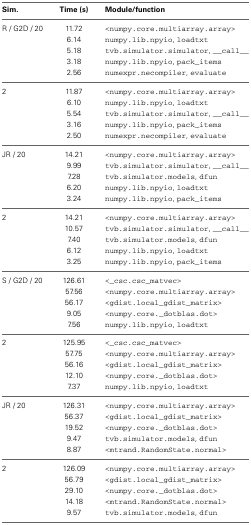
<table><thead><tr><td><b>Sim.</b></td><td><b>Time (s)</b></td><td><b>Module/function</b></td></tr></thead><tbody><tr><td>R / G2D / 20</td><td>11.72</td><td>&lt;numpy.core.multiarray.array&gt;</td></tr><tr><td></td><td>6.14</td><td>numpy.lib.npyio, loadtxt</td></tr><tr><td></td><td>5.18</td><td>tvb.simulator.simulator, __call__</td></tr><tr><td></td><td>3.18</td><td>numpy.lib.npyio, pack_items</td></tr><tr><td></td><td>2.56</td><td>numexpr.necompiler, evaluate</td></tr><tr><td>2</td><td>11.87</td><td>&lt;numpy.core.multiarray.array&gt;</td></tr><tr><td></td><td>6.10</td><td>numpy.lib.npyio, loadtxt</td></tr><tr><td></td><td>5.54</td><td>tvb.simulator.simulator, __call__</td></tr><tr><td></td><td>3.16</td><td>numpy.lib.npyio, pack_items</td></tr><tr><td></td><td>2.50</td><td>numexpr.necompiler, evaluate</td></tr><tr><td>JR / 20</td><td>14.21</td><td>&lt;numpy.core.multiarray.array&gt;</td></tr><tr><td></td><td>9.99</td><td>tvb.simulator.simulator, __call__</td></tr><tr><td></td><td>7.28</td><td>tvb.simulator.models, dfun</td></tr><tr><td></td><td>6.20</td><td>numpy.lib.npyio, loadtxt</td></tr><tr><td></td><td>3.24</td><td>numpy.lib.npyio, pack_items</td></tr><tr><td>2</td><td>14.21</td><td>&lt;numpy.core.multiarray.array&gt;</td></tr><tr><td></td><td>10.57</td><td>tvb.simulator.simulator, __call__</td></tr><tr><td></td><td>7.40</td><td>tvb.simulator.models, dfun</td></tr><tr><td></td><td>6.12</td><td>numpy.lib.npyio, loadtxt</td></tr><tr><td></td><td>3.25</td><td>numpy.lib.npyio, pack_items</td></tr><tr><td>S / G2D / 20</td><td>126.61</td><td>&lt;_csc.csc_matvec&gt;</td></tr><tr><td></td><td>57.56</td><td>&lt;numpy.core.multiarray.array&gt;</td></tr><tr><td></td><td>56.17</td><td>&lt;gdist.local_gdist_matrix&gt;</td></tr><tr><td></td><td>9.05</td><td>&lt;numpy.core._dotblas.dot&gt;</td></tr><tr><td></td><td>7.56</td><td>numpy.lib.npyio, loadtxt</td></tr><tr><td>2</td><td>125.95</td><td>&lt;_csc.csc_matvec&gt;</td></tr><tr><td></td><td>57.75</td><td>&lt;numpy.core.multiarray.array&gt;</td></tr><tr><td></td><td>56.16</td><td>&lt;gdist.local_gdist_matrix&gt;</td></tr><tr><td></td><td>12.10</td><td>&lt;numpy.core._dotblas.dot&gt;</td></tr><tr><td></td><td>7.37</td><td>numpy.lib.npyio, loadtxt</td></tr><tr><td>JR / 20</td><td>126.31</td><td>&lt;numpy.core.multiarray.array&gt;</td></tr><tr><td></td><td>56.37</td><td>&lt;gdist.local_gdist_matrix&gt;</td></tr><tr><td></td><td>19.52</td><td>&lt;numpy.core._dotblas.dot&gt;</td></tr><tr><td></td><td>9.47</td><td>tvb.simulator.models, dfun</td></tr><tr><td></td><td>8.87</td><td>&lt;mtrand.RandomState.normal&gt;</td></tr><tr><td>2</td><td>126.09</td><td>&lt;numpy.core.multiarray.array&gt;</td></tr><tr><td></td><td>56.79</td><td>&lt;gdist.local_gdist_matrix&gt;</td></tr><tr><td></td><td>29.10</td><td>&lt;numpy.core._dotblas.dot&gt;</td></tr><tr><td></td><td>14.18</td><td>&lt;mtrand.RandomState.normal&gt;</td></tr><tr><td></td><td>9.57</td><td>tvb.simulator.models, dfun</td></tr></tbody></table>